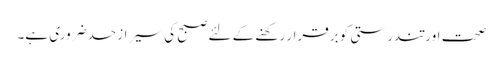
صحت اور تندرستی کو برقرار رکھنے کے لئے صبح کی سیر ازحد ضروری ہے۔